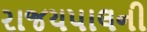
રાજયપાલની